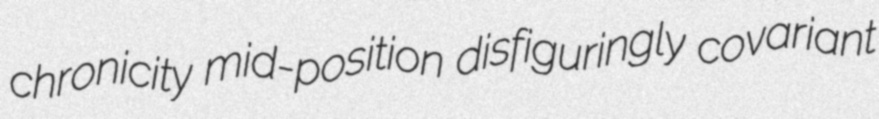
chronicity mid-position disfiguringly covariant